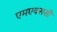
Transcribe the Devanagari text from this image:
एमएक्ससी